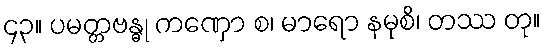
၄၃။ ပမတ္တဗန္ဓု ကဏှော စ၊ မာရော နမုစိ၊ တဿ တု။